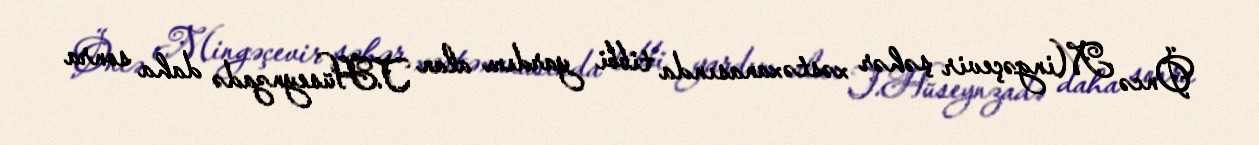
Öncə Mingəçevir şəhər xəstəxanasında tibbi yardım alan T.Hüseynzadə daha sonra